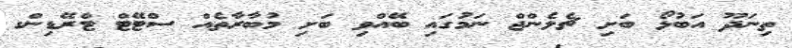
ތިނަދޫ އަބުޅޯ ބަށި ޗެލެންޖް ނަމުގައި ބޭއްވި ބަށި މުބާރާތެއް ސްޓޭޓް ޓްރޭޑިންގ